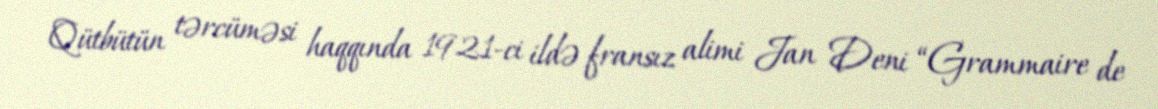
Qütbütün tərcüməsi haqqında 1921-ci ildə fransız alimi Jan Deni “Grammaire de